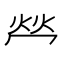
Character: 𤇾